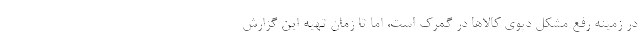
در زمینه رفع مشکل دپوی کالاها در گمرک است، اما تا زمان تهیه این گزارش